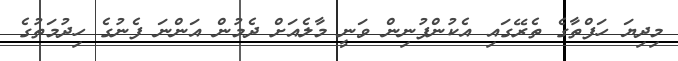
މިދިޔަ ހަފްތާގެ ތެރޭގައި އެކުންފުނިން ވަނީ މާލެއަށް ދެމުން އަންނަ ފެނުގެ ހިދުމަތުގެ